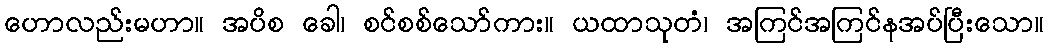
ဟောလည်းမဟာ။ အပိစ ခေါ၊ စင်စစ်သော်ကား။ ယထာသုတံ၊ အကြင်အကြင်နအပ်ပြီးသော။